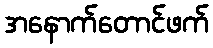
အနောက်တောင်ဖက်